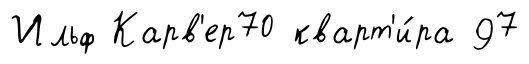
Ильф Карв'ер70 кварт'и́ра 97